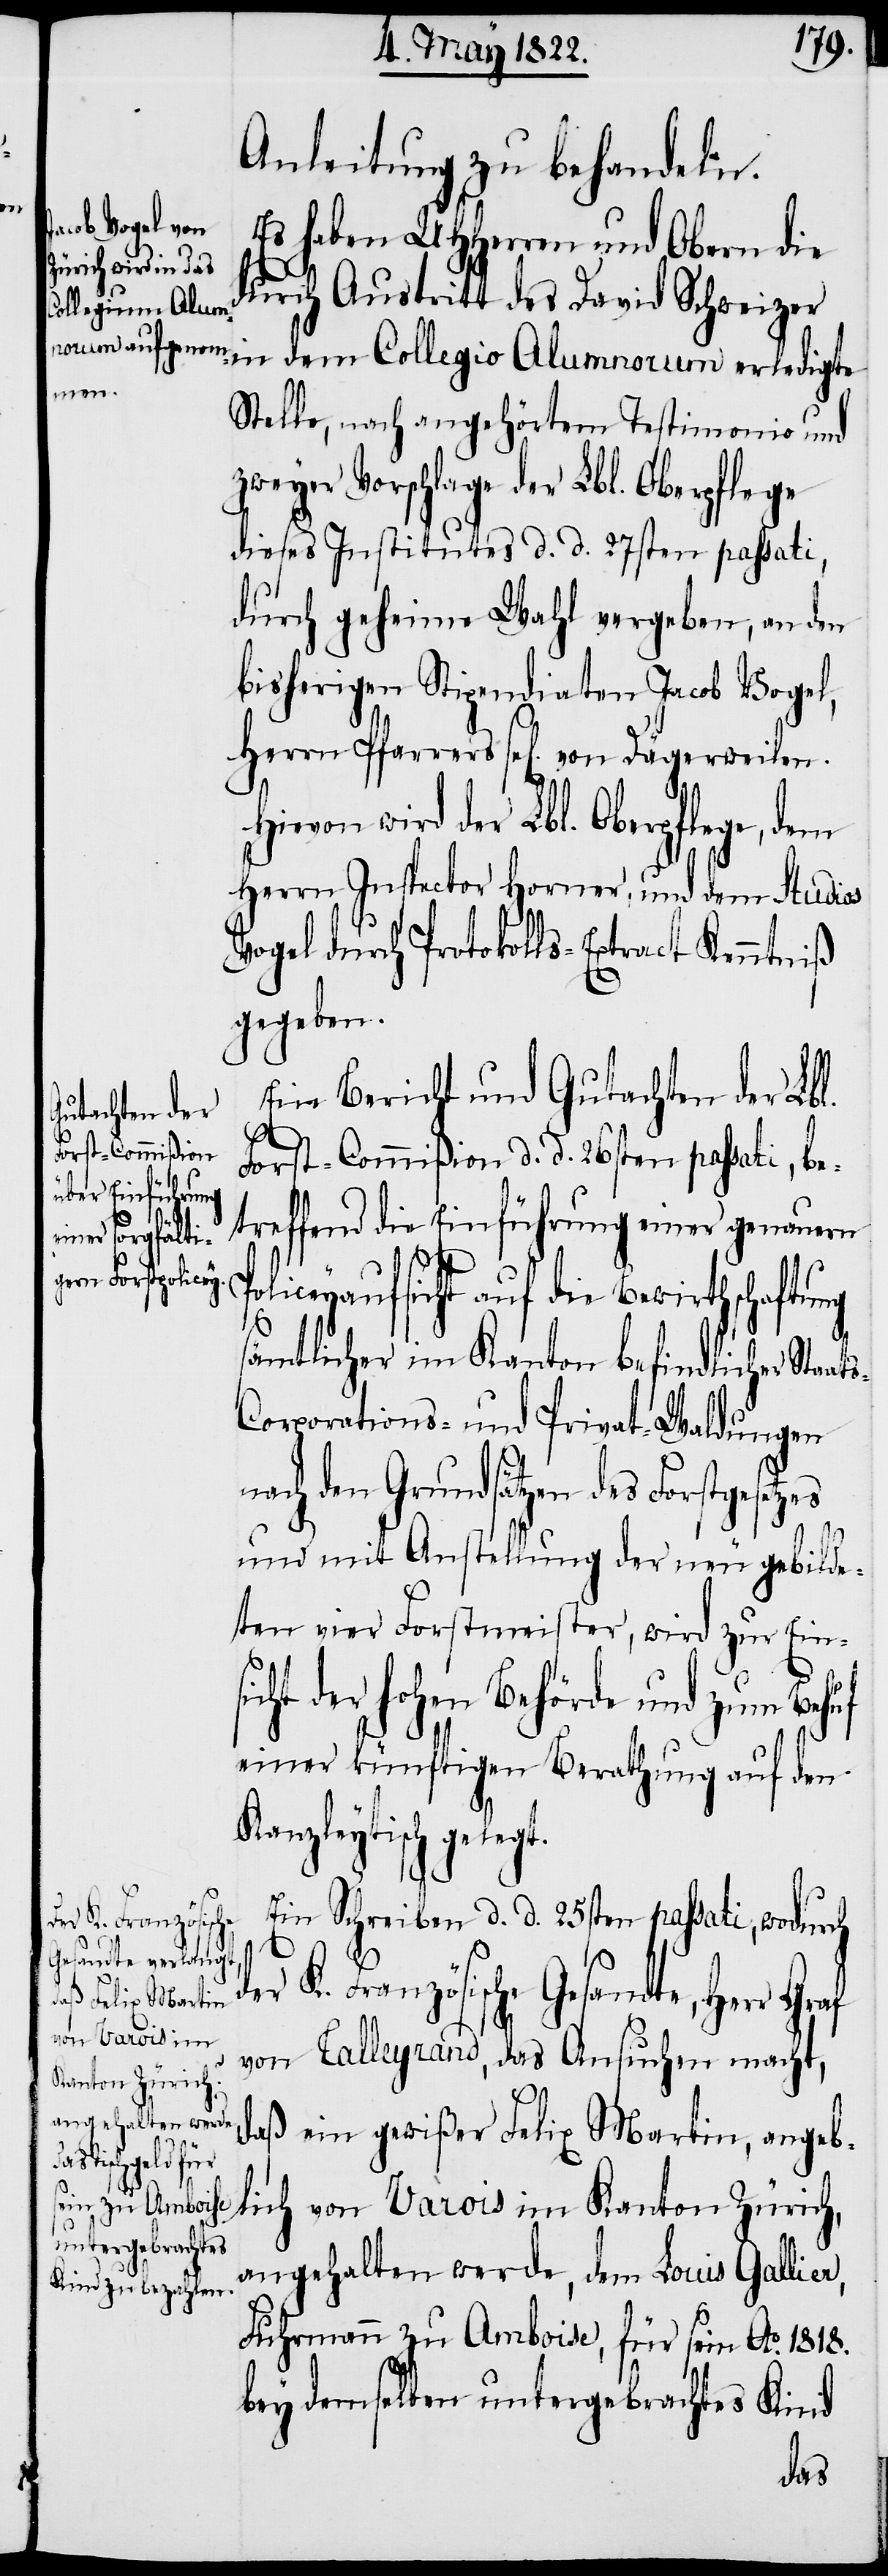
Anleitung zu behandeln.
tung
Ein Bericht und Gutachten der Lbl.
Forst-Commißion d. d. 26sten passati, be¬
t.
treffend die Einführung einer genauern
Policeyaufsicht auf die Bewirthschaf¬
sämtlicher im Kanton befindlicher Staa¬
orporations- und Privat-Waldungen
nach den Grundsätzen des Forstgesetzes
und mit Anstellung der neu gebilde¬
ten vier Forstmeister, wird zur Eins¬
icht der hohen Behörde und zum Behuf
einer künftigen Berathung auf den
Kanzleytisch geleg¬
Ein Schreiben d. d. 25sten passati, wodurch
K. Französische Gesandte, Herr
von Calleyrand, das Ansuchen macht,
daß ein gewißer Felix Martin, angeb¬
lich von Varois im Kanton Zürich,
ts-C¬
angehalten werde, dem Louis Gallier,
Fuhrmann zu Amboise, für sein Ao. 1818.
bey demselben untergebrachtes Kind